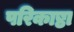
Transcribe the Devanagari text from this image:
परिकाष्ठा